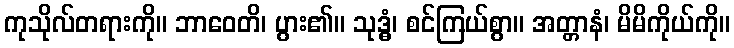
ကုသိုလ်တရားကို။ ဘာဝေတိ၊ ပွား၏။ သုဒ္ဓံ၊ စင်ကြယ်စွာ။ အတ္တာနံ၊ မိမိကိုယ်ကို။